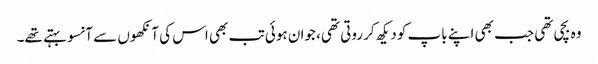
وہ بچی تھی جب بھی اپنے باپ کو دیکھ کر روتی تھی، جوان ہوئی تب بھی اس کی آنکھوں سے آنسو بہتے تھے۔